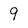
Character: 9